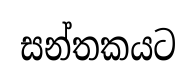
සන්තකයට